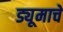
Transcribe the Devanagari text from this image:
ड्यूमाचे